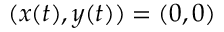
( x ( t ) , y ( t ) ) = ( 0 , 0 )